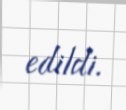
edildi.